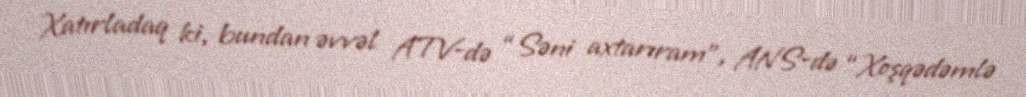
Xatırladaq ki, bundan əvvəl ATV-də “Səni axtarıram”, ANS-də “Xoşqədəmlə